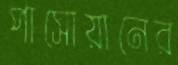
পাসোয়ানের